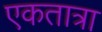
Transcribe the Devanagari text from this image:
एकतात्रा